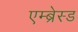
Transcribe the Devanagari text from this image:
एम्ब्रेस्ड